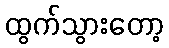
ထွက်သွားတော့